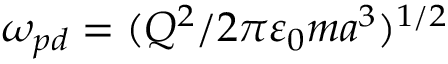
\omega _ { p d } = ( Q ^ { 2 } / 2 \pi \varepsilon _ { 0 } m a ^ { 3 } ) ^ { 1 / 2 }